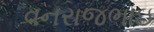
વનરાજભાઇ